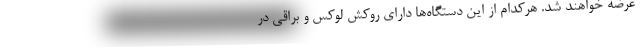
عرضه خواهند شد. هرکدام از این دستگاه‌ها دارای روکش لوکس و براقی در